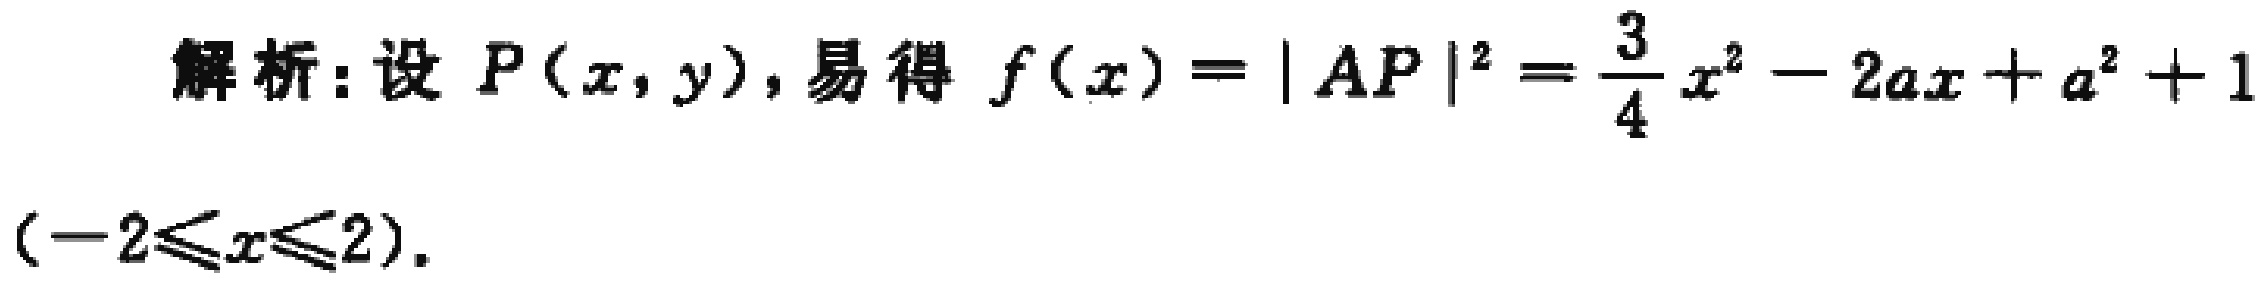
解析：设 \(P(x,y)\)，易得 \(f(x)=|AP|^{2}=\frac{3}{4}x^{2}-2ax + a^{2}+1\)
\((-2\leqslant x\leqslant2)\)。